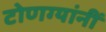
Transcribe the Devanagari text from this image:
टोणग्यांनीं